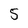
Character: 5